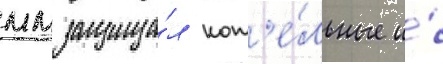
мм защища́л кот'е́льные и́